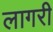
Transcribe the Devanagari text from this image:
लागरी